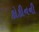
કોકીનની